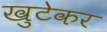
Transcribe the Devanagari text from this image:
खुटेकर